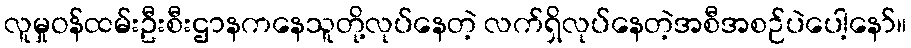
လူမှုဝန်ထမ်းဦးစီးဌာနကနေသူတို့လုပ်နေတဲ့ လက်ရှိလုပ်နေတဲ့အစီအစဉ်ပဲပေါ့နော်။